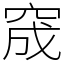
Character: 窚